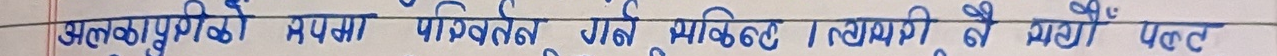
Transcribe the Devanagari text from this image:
अलकापुरी मध्यमा परिवर्तन गर्ने व्यक्तिले गायत्री नै भन्छै भट